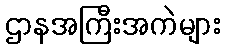
ဌာနအကြီးအကဲများ